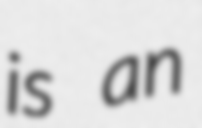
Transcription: is an